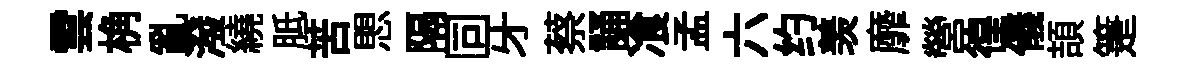
雲桷亂潑繞胝苦愳隔同牙蔡誦飡孟六约羡靡營徨儀頡箑